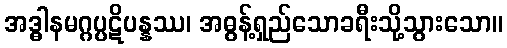
အဒ္ဓါနမဂ္ဂပ္ပဋိပန္နဿ၊ အဓွန့်ရှည်သောခရီးသို့သွားသော။